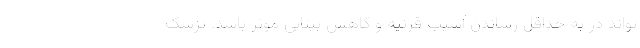
تواند در به حداقل رساندن آسیب قرنیه و کاهش بینایی موثر باشد. پزشک